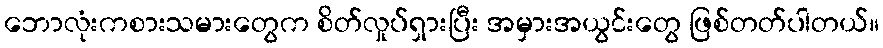
ဘောလုံးကစားသမားတွေက စိတ်လှုပ်ရှားပြီး အမှားအယွင်းတွေ ဖြစ်တတ်ပါတယ်။